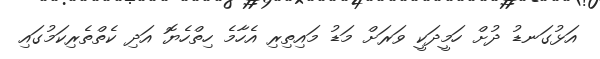
އަޅުގަނޑު ދުށް ހަމީދަކީ ވަރަށް މަޑު މައިތިރި އެހާމެ ހިތްހެޔޮ އަދި ކެތްތެރިކަމުގައި